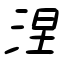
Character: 涅